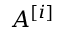
A ^ { [ i ] }